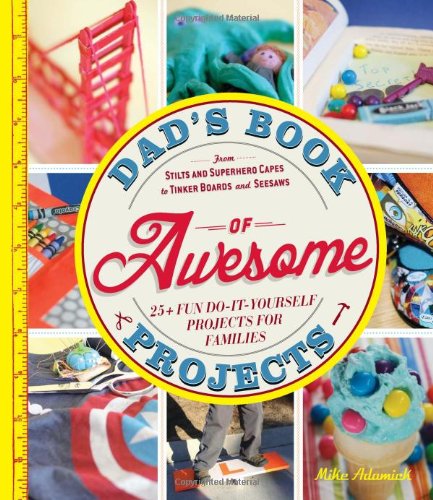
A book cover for Dad's Book of Awesome Projects: From Stilts and Super-Hero Capes to Tinker Boxes and Seesaws, 25+ Fun Do-It-Yourself Projects for Families; Mike Adamick; Parenting & Relationships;